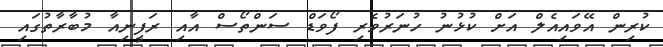
ކުރިން އޭވައިއެލް އަށް ކުޅުނު ހުނަރުވެރި ފޯވަޑް ސަންތޯސް އާއި ރަފީނިއާ މުބާރާތުގައި